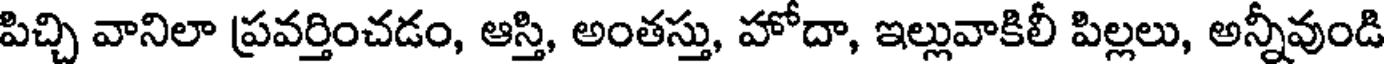
పిచ్చి వానిలా ప్రవర్తించడం, ఆస్తి, అంతస్తు, హోదా, ఇల్లువాకిలీ పిల్లలు, అన్నీవుండి